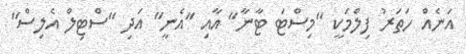
އަނެއް ހަތަރު ފިލްމަކީ "މިސްޓަ ޓާނާ" އާއި "އެނީ" އަދި "ސްޓިލް އެލިސް"